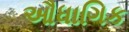
ઔધાગિક